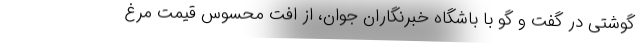
گوشتی در گفت و گو با باشگاه خبرنگاران جوان، از افت محسوس قیمت مرغ